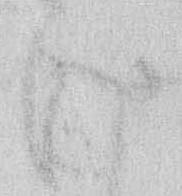
け